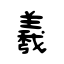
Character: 羲